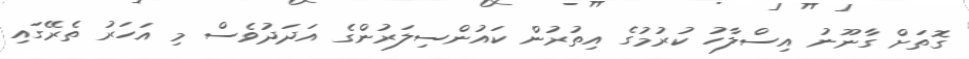
ގޮތަށް ގާނޫނު އިސްލާހު ކުރުމުގެ އިތުރުން ކައުންސިލަރުންގެ އަދަދުވެސް މި އަހަރު ތެރޭގައި